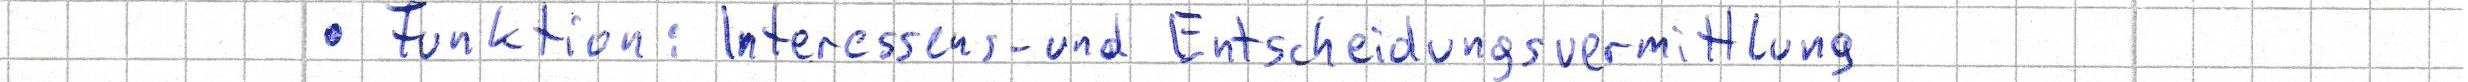
- Funktion: Interessens- und Entscheidungsvermittlung